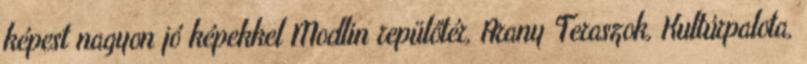
képest nagyon jó képekkel Modlin repülőtér, Arany Teraszok, Kultúrpalota,